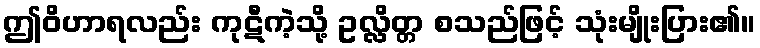
ဤဝိဟာရလည်း ကုဋီကဲ့သို့ ဥလ္လိတ္တ စသည်ဖြင့် သုံးမျိုးပြား၏။